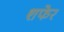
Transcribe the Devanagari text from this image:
शफेर